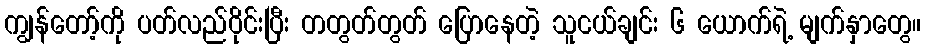
ကျွန်တော့်ကို ပတ်လည်ဝိုင်းပြီး တတွတ်တွတ် ပြောနေတဲ့ သူငယ်ချင်း ၆ ယောက်ရဲ့ မျက်နှာတွေ။